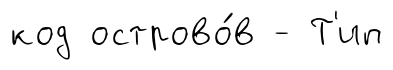
код острово́в - Т'ип